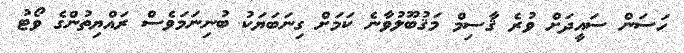
ހަސަން ސައީދަށް ވުރެ ޤާސިމް މަޤުބޫލުވާނެ ކަމަށް ގިނަބަޔަކު ބުނިނަމަވެސް ރައްޔިތުންގެ ވޯޓު